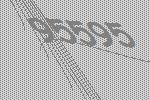
95595